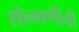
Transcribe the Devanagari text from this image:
सोनवणींनी